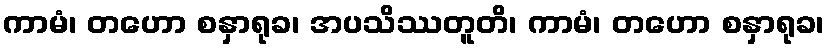
ကာမံ၊ တဟော စနှာရုခ၊ အပသိဿတူတိ၊ ကာမံ၊ တဟော စနှာရုခ၊